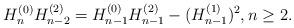
LaTeX: \begin{align*}H_n^{(0)}H_{n-2}^{(2)}=H_{n-1}^{(0)}H_{n-1}^{(2)}-(H_{n-1}^{(1)})^2, n\geq2. \end{align*}